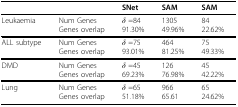
<table><thead><tr><td></td><td></td><td><b>SNet</b></td><td><b>SAM</b></td><td><b>SAM</b></td></tr></thead><tbody><tr><td>Leukaemia</td><td>Num GenesGenes overlap</td><td><i>δ</i> =8491.30%</td><td>130549.96%</td><td>8422.62%</td></tr><tr><td>ALL subtype</td><td>Num GenesGenes overlap</td><td><i>δ</i> =7593.01%</td><td>46481.25%</td><td>7549.33%</td></tr><tr><td>DMD</td><td>Num GenesGenes overlap</td><td><i>δ</i> =4569.23%</td><td>12676.98%</td><td>4542.22%</td></tr><tr><td>Lung</td><td>Num GenesGenes overlap</td><td><i>δ</i> =6551.18%</td><td>96665.61</td><td>6524.62%</td></tr></tbody></table>